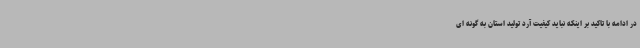
در ادامه با تاکید بر اینکه نباید کیفیت آرد تولید استان به گونه ای